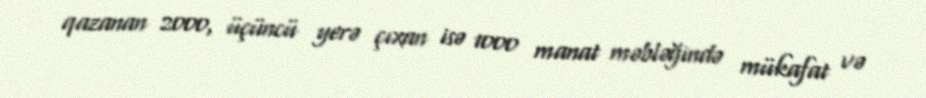
qazanan 2000, üçüncü yerə çıxan isə 1000 manat məbləğində mükafat və